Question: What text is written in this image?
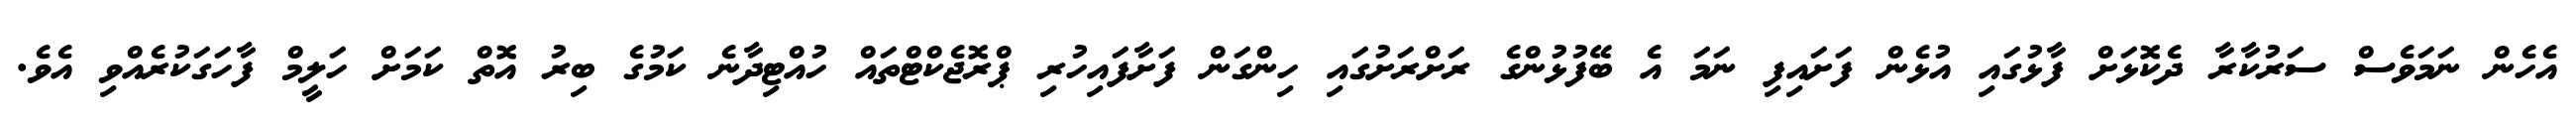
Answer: އެހެން ނަމަވެސް ސަރުކާރާ ދެކޮޅަށް ފާޅުގައި އުޅެން ފަށައިފި ނަމަ އެ ބޭފުޅުންގެ ރަށްރަށުގައި ހިންގަން ފަށާފައިހުރި ޕްރޮޖެކްޓްތައް ހުއްޓިދާނެ ކަމުގެ ބިރު އޮތް ކަމަށް ހަލީމް ފާހަގަކުރެއްވި އެވެ.